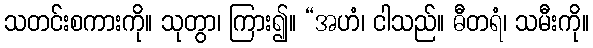
သတင်းစကားကို။ သုတွာ၊ ကြား၍။ “အဟံ၊ ငါသည်။ ဓီတရံ၊ သမီးကို။